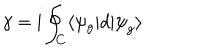
\gamma = \mathrm { i } \oint _ { C } \langle \psi _ { g } | d | { \psi } _ { g } \rangle